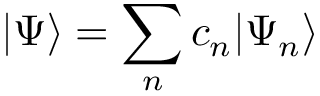
| \Psi \rangle = \sum _ { n } c _ { n } | \Psi _ { n } \rangle